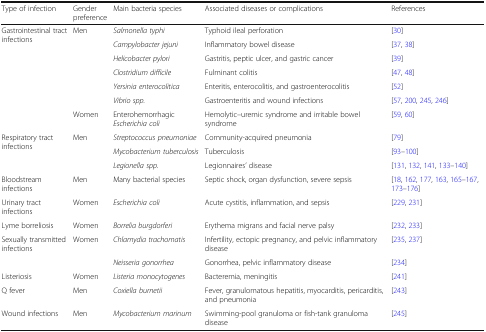
<table><thead><tr><td><b>Type of infection</b></td><td><b>Gender preference</b></td><td><b>Main bacteria species</b></td><td><b>Associated diseases or complications</b></td><td><b>References</b></td></tr></thead><tbody><tr><td rowspan="7">Gastrointestinal tract infections</td><td rowspan="6">Men</td><td><i>Salmonella typhi</i></td><td>Typhoid ileal perforation</td><td>[30]</td></tr><tr><td><i>Campylobacter jejuni</i></td><td>Inflammatory bowel disease</td><td>[37, 38]</td></tr><tr><td><i>Helicobacter pylori</i></td><td>Gastritis, peptic ulcer, and gastric cancer</td><td>[39]</td></tr><tr><td><i>Clostridium difficile</i></td><td>Fulminant colitis</td><td>[47, 48]</td></tr><tr><td><i>Yersinia enterocolitica</i></td><td>Enteritis, enterocolitis, and gastroenterocolitis</td><td>[52]</td></tr><tr><td><i>Vibrio spp.</i></td><td>Gastroenteritis and wound infections</td><td>[57, 200, 245, 246]</td></tr><tr><td>Women</td><td>Enterohemorrhagic <i>Escherichia coli</i></td><td>Hemolytic–uremic syndrome and irritable bowel syndrome</td><td>[59, 60]</td></tr><tr><td rowspan="3">Respiratory tract infections</td><td rowspan="3">Men</td><td><i>Streptococcus pneumoniae</i></td><td>Community-acquired pneumonia</td><td>[79]</td></tr><tr><td><i>Mycobacterium tuberculosis</i></td><td>Tuberculosis</td><td>[93–100]</td></tr><tr><td><i>Legionella spp.</i></td><td>Legionnaires’ disease</td><td>[131, 132, 141, 133–140]</td></tr><tr><td>Bloodstream infections</td><td>Men</td><td>Many bacterial species</td><td>Septic shock, organ dysfunction, severe sepsis</td><td>[18, 162, 177, 163, 165–167, 173–176]</td></tr><tr><td>Urinary tract infections</td><td>Women</td><td><i>Escherichia coli</i></td><td>Acute cystitis, inflammation, and sepsis</td><td>[229, 231]</td></tr><tr><td>Lyme borreliosis</td><td>Women</td><td><i>Borrelia burgdorferi</i></td><td>Erythema migrans and facial nerve palsy</td><td>[232, 233]</td></tr><tr><td rowspan="2">Sexually transmitted infections</td><td rowspan="2">Women</td><td><i>Chlamydia trachomatis</i></td><td>Infertility, ectopic pregnancy, and pelvic inflammatory disease</td><td>[235, 237]</td></tr><tr><td><i>Neisseria gonorrhea</i></td><td>Gonorrhea, pelvic inflammatory disease</td><td>[234]</td></tr><tr><td>Listeriosis</td><td>Women</td><td><i>Listeria monocytogenes</i></td><td>Bacteremia, meningitis</td><td>[241]</td></tr><tr><td>Q fever</td><td>Men</td><td><i>Coxiella burnetii</i></td><td>Fever, granulomatous hepatitis, myocarditis, pericarditis, and pneumonia</td><td>[243]</td></tr><tr><td>Wound infections</td><td>Men</td><td><i>Mycobacterium marinum</i></td><td>Swimming-pool granuloma or fish-tank granuloma disease</td><td>[245]</td></tr></tbody></table>